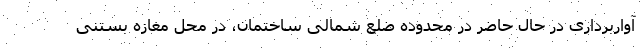
آواربرداری در حال حاضر در محدوده ضلع شمالی ساختمان، در محل مغازه بستنی